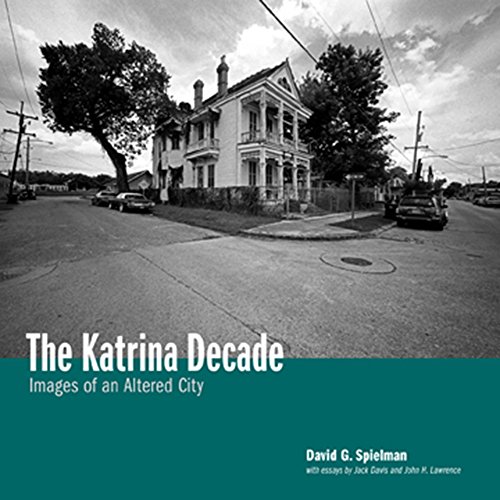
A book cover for The Katrina Decade: Images of an Altered City; David G. Spielman; Arts & Photography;